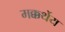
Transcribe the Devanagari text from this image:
मक्कर्थेय